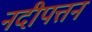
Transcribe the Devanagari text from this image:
नदीपत्तन